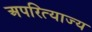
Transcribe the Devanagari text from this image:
अपरित्याज्य